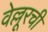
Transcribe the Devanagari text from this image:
वेल्लूरची